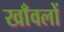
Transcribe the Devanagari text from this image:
खाँवलों